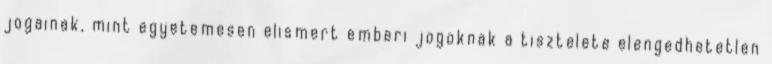
jogainak, mint egyetemesen elismert emberi jogoknak a tisztelete elengedhetetlen